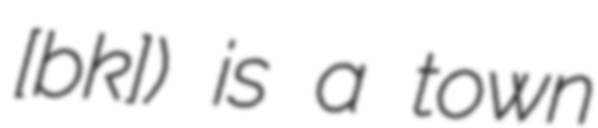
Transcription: [ˈbɛːk]) is a town